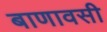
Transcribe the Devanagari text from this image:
बाणावसी